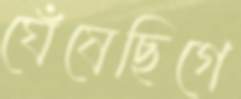
ঘেঁষেছিগে